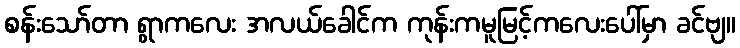
စန်းသော်တာ ရွာကလေး အလယ်ခေါင်က ကုန်းကမူမြင့်ကလေးပေါ်မှာ ခင်ဗျ။